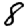
Digit: 8